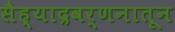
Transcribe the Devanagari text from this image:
सैह्याद्रवर्णनातून